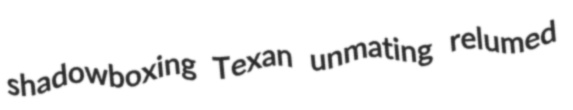
shadowboxing Texan unmating relumed